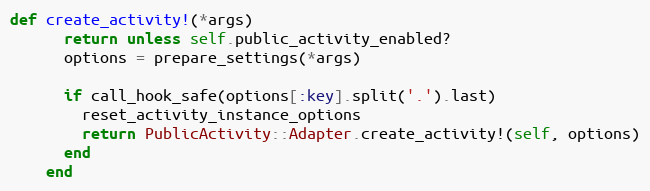
Language: Ruby
def create_activity!(*args)
      return unless self.public_activity_enabled?
      options = prepare_settings(*args)

      if call_hook_safe(options[:key].split('.').last)
        reset_activity_instance_options
        return PublicActivity::Adapter.create_activity!(self, options)
      end
    end